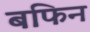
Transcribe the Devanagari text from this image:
बफिन